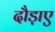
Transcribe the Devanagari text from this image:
दौड़ाए